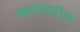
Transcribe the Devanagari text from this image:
खतांवरील